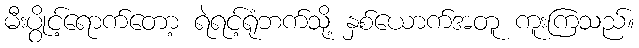
မီးပွိုင့်ရောက်တော့ ရဲရင့်ရုံဘက်သို့ နှစ်ယောက်အတူ ကူးကြသည်။